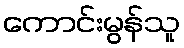
ကောင်းမွန်သူ